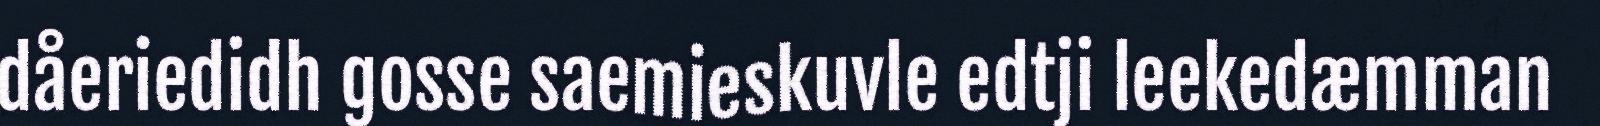
dåeriedidh gosse saemieskuvle edtji leekedæmman